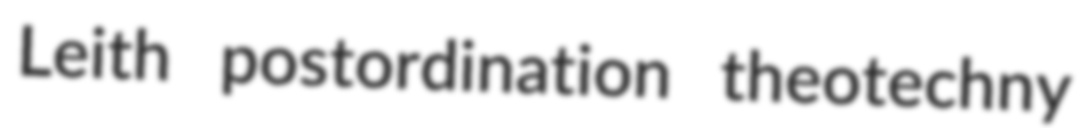
Leith postordination theotechny